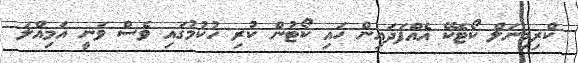
ކްރިމިނަލް ކޯޓެކޭ އެއްފަދައިން ހައި ކޯޓުން ކުރި ހުކުމުގައި ވެސް ވަނީ އަމިއްލަ